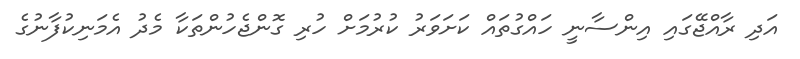
އަދި ރާއްޖޭގައި އިންސާނީ ހައްގުތައް ކަށަވަރު ކުރުމަށް ހުރި ގޮންޖެހުންތަކާ މެދު އެމަނިކުފާނުގެ